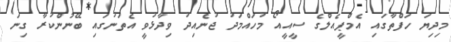
މިދިޔަ ހަފްތާގައި އެމްޕީއެލްގެ ސީއީއޯ މުހައްމަދު ޖުނެއިދު ވިދާޅުވީ އެތަނުގައި ބޭނުންކުރާ ގިނަ